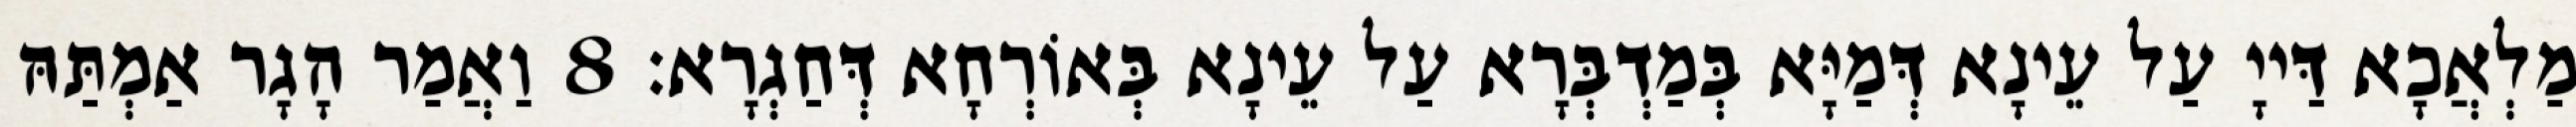
מַלְאֲכָא דַּייָ עַל עֵינָא דְּמַיָּא בְּמַדְבְּרָא עַל עֵינָא בְּאוֹרְחָא דְּחַגְרָא׃ 8 וַאֲמַר הָגָר אַמְתַּהּ